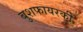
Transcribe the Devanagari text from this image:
बुशफायरकी